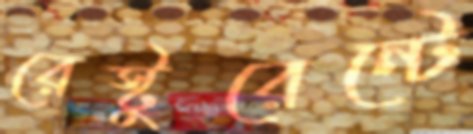
রেস্টুরেন্টে